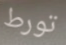
تورط